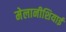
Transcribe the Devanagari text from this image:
मेलानीशियाई